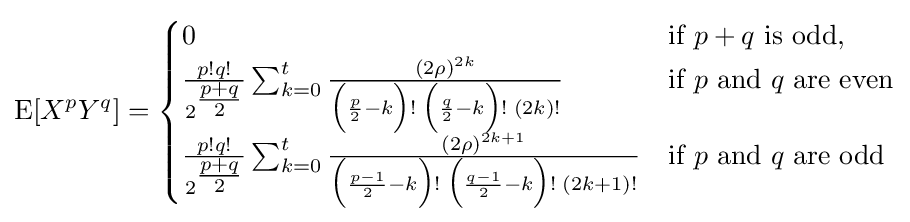
\operatorname {E} [X^{p}Y^{q}]={\begin{cases}0&{\text{if }}p+q{\text{ is odd,}}\\{\frac {p!q!}{2^{\tfrac {p+q}{2}}}}\sum _{k=0}^{t}{\frac {(2\rho )^{2k}}{{\Big (}{\frac {p}{2}}-k{\Big )}!\;{\Big (}{\frac {q}{2}}-k{\Big )}!\;(2k)!}}&{\text{if }}p{\text{ and }}q{\text{ are even}}\\{\frac {p!q!}{2^{\tfrac {p+q}{2}}}}\sum _{k=0}^{t}{\frac {(2\rho )^{2k+1}}{{\Big (}{\frac {p-1}{2}}-k{\Big )}!\;{\Big (}{\frac {q-1}{2}}-k{\Big )}!\;(2k+1)!}}&{\text{if }}p{\text{ and }}q{\text{ are odd}}\end{cases}}